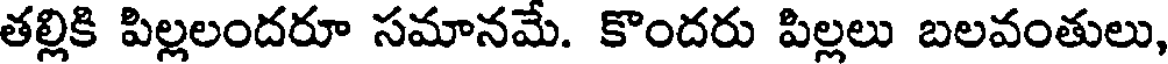
తల్లికి పిల్లలందరూ సమానమే. కొందరు పిల్లలు బలవంతులు,